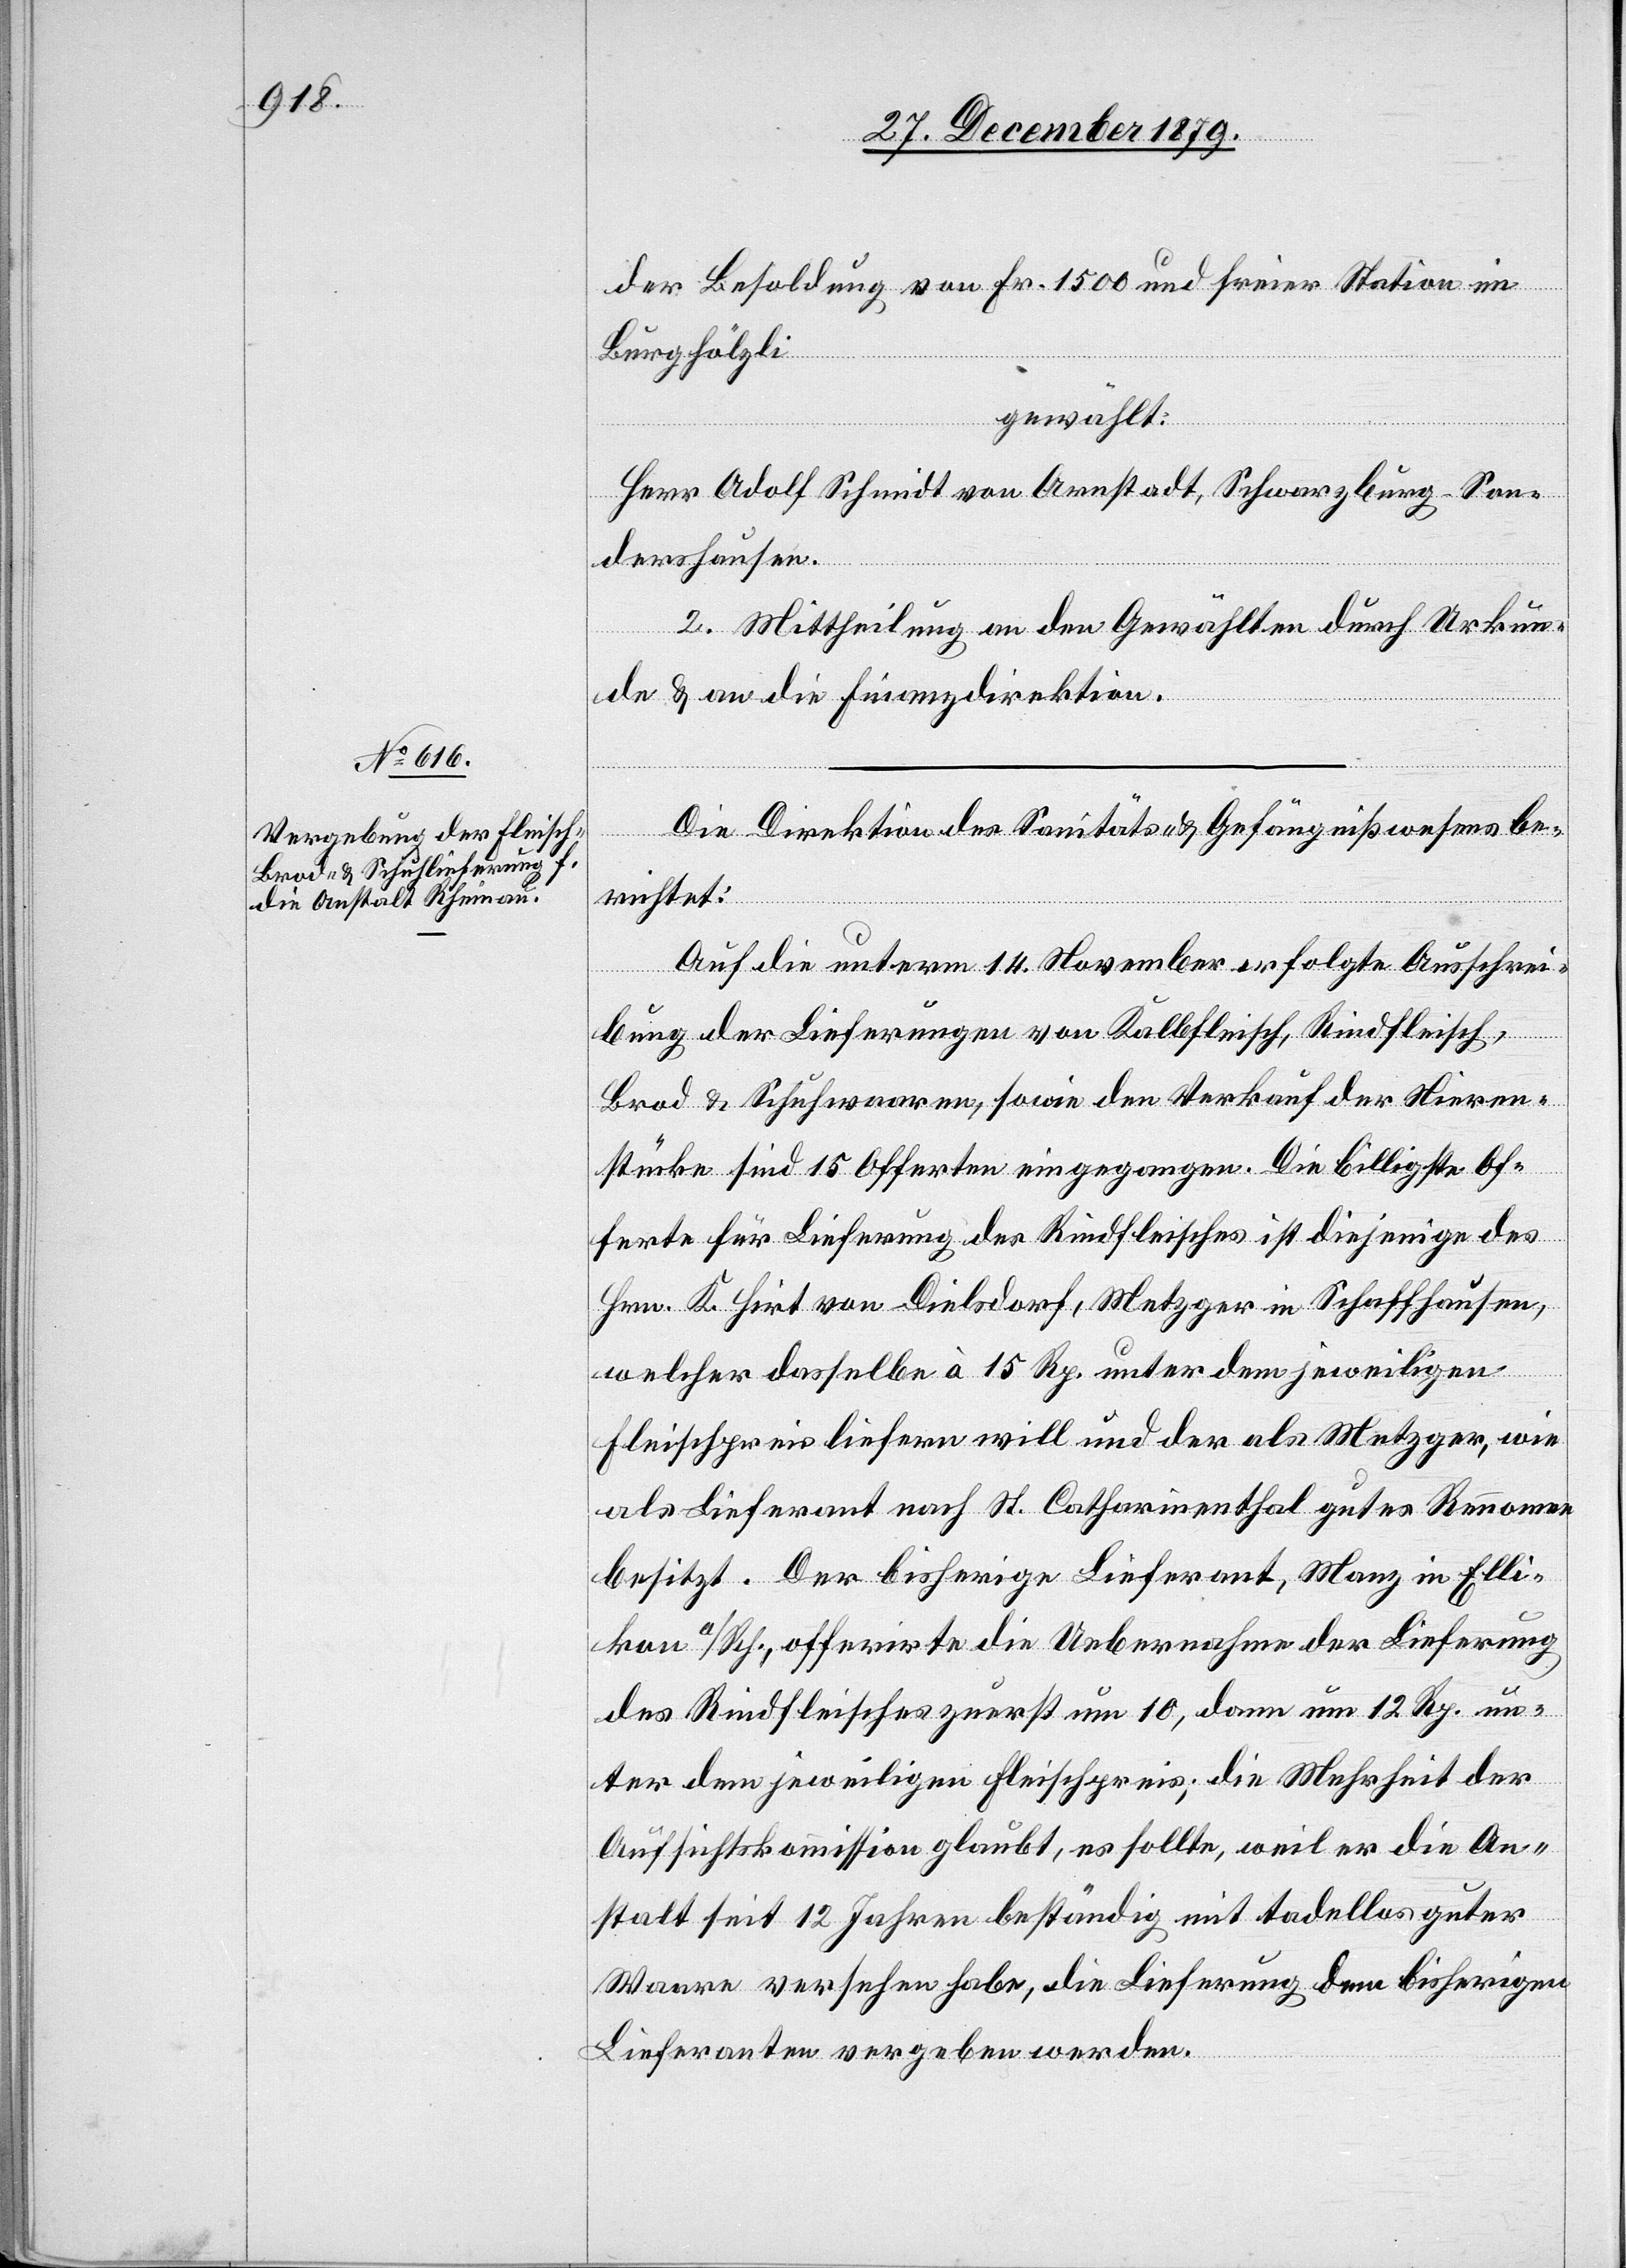
der Besoldung von Fr. 1500 und freier Station im
Burghölzli
gewählt:
Herr Adolf Schmidt von Arnstadt, Schwarzburg - Son¬
dershausen.
2. Mittheilung an den Gewählten durch Urkun¬
de & an die Finanzdirektion.
Die Direktion des Sanitäts- & Gefängnißwesens be¬
richtet:
Auf die unterm 14. November erfolgte Ausschrei¬
bung der Lieferungen von Kalbfleisch, Rindfleisch,
Brod & Schuhwaaren, sowie den Verkauf der Nieren¬
stücke sind 15 Offerten eingegangen. Die billigste Of¬
ferte für Lieferung des Rindfleisches ist diejenige des
Hrn. K. Hirt von Dielsdorf, Metzger in Schaffhausen,
welcher dasselbe à 15 Rp. unter dem jeweiligen
Fleischpreis liefern will und der als Metzger, wie
als Lieferant nach St. Catharinenthal gutes Rennomee
besitzt. Der bisherige Lieferant, Manz in Elli¬
kon a/Rh., offerirte die Uebernahme der Lieferung
des Rindfleisches zuerst um 10, dann um 12 Rp. un¬
ter dem jeweiligen Fleischpreis; die Mehrheit der
Aufsichtskommission glaubt, es sollte, weil er die An¬
stalt seit 12 Jahren beständig mit tadellos guter
Waare versehen habe, die Lieferung dem bisherigen
Lieferanten vergeben werden.